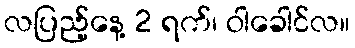
လပြည့်နေ့ 2 ရက်၊ ဝါခေါင်လ။